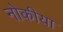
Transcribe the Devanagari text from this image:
नोकीया